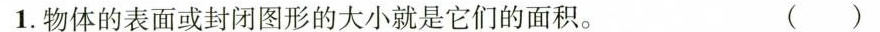
1.物体的表面或封闭图形的大小就是它们的面积。()